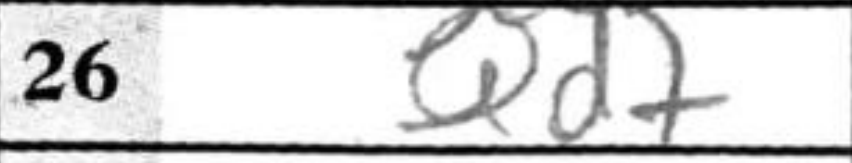
Transcription: Qd7